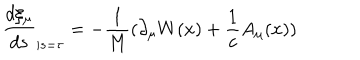
LaTeX: \frac { d \xi _ { \mu } } { d s } _ { | s = \tau } = - \frac { 1 } { M } ( \partial _ { \mu } W ( x ) + \frac { 1 } { c } A _ { \mu } ( x ) )